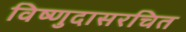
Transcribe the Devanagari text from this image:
विष्णुदासरचित